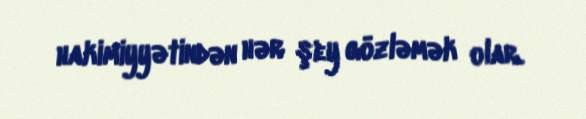
hakimiyyətindən hər şey gözləmək olar.